Statistics compiled by the Government of India from the reports of provincial Civil Veterinary Departments
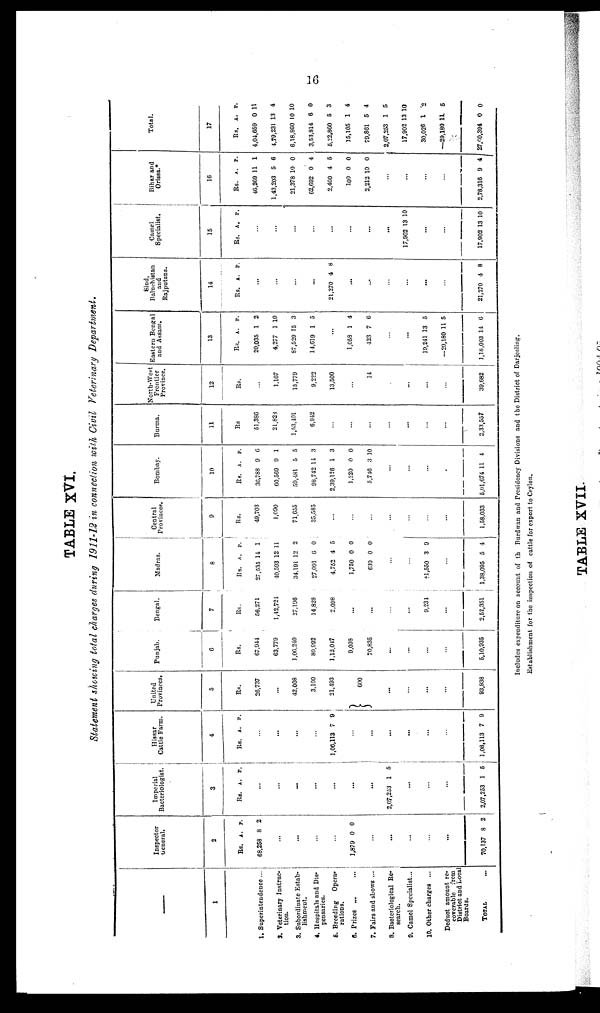
16
TABLE XVI.
Statement showing total charges during 1911-12 in connection with Civil Veterinary Department.
—
1
1. Superintendence ...
2. Veterinary Instruc-
tion.
3. Subordinate Estab-
lishment.
4. Hospitals and Dis-
pensaries.
5. Breeding
Opera¬
rations.
6. Prizes ... ...
7. Fairs and shows ...
8. Bacteriological Re-
search.
9. Camel Specialist...
10. Other charges ...
Deduct amount re-
coverable
from
District and Local
Boards.
TOTAL ...
Inspector
General.
2
Rs.
68,258
1,879
...
...
..
...
...
70,137
A.
8
...
...
...
...
0
.
8
P.
2
0
2
Imperial
Bacteriologist.
3
Rs.
2,07,253
...
...
2,07,253
A.
...
...
...
...
...
...
...
1
...
1
P.
5
5
Hissar
Cattle Farm.
4
Rs.
1,06,113
...
...
...
...
1,06,113
A.
...
...
...
...
7
...
...
...
7
P.
9
9
United
Provinces.
5
Rs.
26,737
...
42,008
3,100
21,493
600
...
...
...
...
...
93,938
Punjab.
6
Rs.
67,944
63,779
1,06,240
80,992
1,12,047
9,098
70,835
...
...
...
...
5,10,935
Bengal.
7
Rs.
56,271
1,42,724
27,196
14,828
2,098
...
...
...
...
9,234
...
2,52,351
Madras.
8
Rs.
27,535
40,593
34,191
27,091
4,752
1,750
630
...
...
†1,550
...
1,38,095
A.
14
12
12
6
4
0
0
3
5
P.
1
11
2
0
5
0
0
9
4
Central
Provinces.
9
Rs.
49,703
1,090
71,055
35,585
...
...
...
...
...
...
...
1,58,033
Bombay.
10
Rs.
36,788
60,569
59,481
98,742
2,39,126
1,220
5,746
...
...
...
...
5,01,674
A.
9
9
5
14
1
0
3
11
P.
6
1
5
3
3
0
10
4
Burma.
11
Rs
51,386
21,823
1,53,401
6,942
...
...
...
...
...
...
...
2,33,557
North-West
Frontier
Province.
12
Rs.
...
1,167
15,779
9,222
13,500
...
14
...
...
...
...
39,682
Eastern Bengal
and Assam.
13
Rs.
20,035
4,277
87,529
14,619
...
1,058
423
...
...
19,241
—29,180
1,18,003
A.
1
1
15
1
1
7
13
11
14
P.
2
10
3
5
4
6
5
5
6
Sind
Baluchista
and
Rajputana.
14
Rs.
...
...
...
...
21,270
...
...
...
...
...
...
21,270
A.
4
4
P.
8
8
Camel
Specialist
15
Rs.
...
...
...
...
...
...
...
...
17,902
...
...
17,902
A.
13
13
P.
10
10
Bihar and
Orissa.*
16
Rs.
46,269
1,43,203
21,378
62,692
2,460
100
2,212
...
...
...
...
2,78,316
A.
11
5
10
0
4
0
10
9
P.
1
6
0
4
5
0
0
4
Total.
17
Rs.
4,04,659
4,79,231
6,18,860
3,53,814
5,22,860
15,105
79,861
2,07,253
17,902
30,026
—29,180
27,60,394
A.
0
13
10
6
5
1
5
1
13
1
11
0
P.
11
4
10
0
3
4
4
5
10
2
5
0
Includes expenditure on account of th Burdwan and Presidency Divisions and the District of Darjeeling.
Establishment for the inspection of cattle for export to Ceylon.